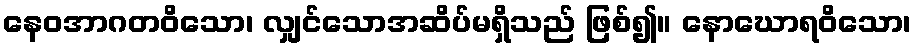
နေဝအာဂတဝိသော၊ လျှင်သောအဆိပ်မရှိသည် ဖြစ်၍။ နောဃောရဝိသော၊